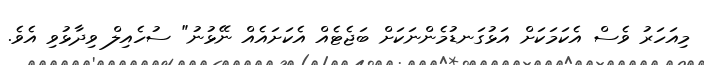
މިއަހަރު ވެސް އެކަމަކަށް އަޅުގަނޑުމެންނަކަށް ބަޖެޓެއް އެކަށައެއް ނޭޅުނު" ސުހެއިލް ވިދާޅުވި އެވެ.